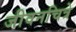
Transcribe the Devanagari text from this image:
जीवनचित्रे